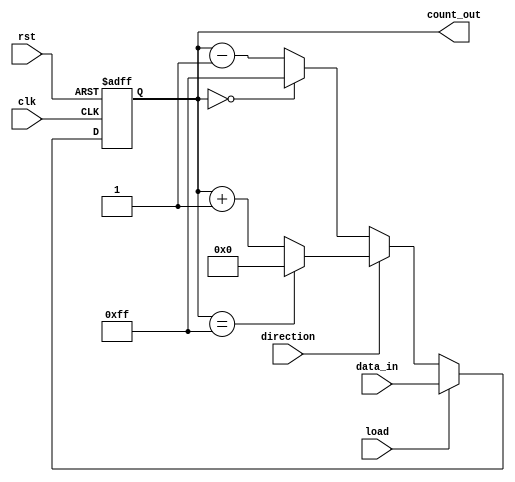
module loadable_counter #(
    parameter N = 8 // Parameter to define the bit width of the counter
)(
    input wire clk,          // Clock input
    input wire rst,          // Asynchronous reset
    input wire load,         // Load control signal
    input wire direction,     // Direction control signal (1 for up, 0 for down)
    input wire [N-1:0] data_in, // N-bit data input for loading
    output reg [N-1:0] count_out // N-bit output for the current count
);

    // Define the maximum value based on N bits
    localparam MAX_COUNT = (1 << N) - 1;

    // Asynchronous reset and synchronous operations
    always @(posedge clk or posedge rst) begin
        if (rst) begin
            count_out <= 0; // Reset the counter to zero
        end else if (load) begin
            count_out <= data_in; // Load the preset value
        end else begin
            // Count up or down based on the direction signal
            if (direction) begin
                // Count up
                if (count_out == MAX_COUNT) begin
                    count_out <= 0; // Wrap around to zero
                end else begin
                    count_out <= count_out + 1; // Increment
                end
            end else begin
                // Count down
                if (count_out == 0) begin
                    count_out <= MAX_COUNT; // Wrap around to maximum value
                end else begin
                    count_out <= count_out - 1; // Decrement
                end
            end
        end
    end

endmodule